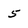
Character: 5